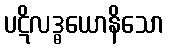
ပဋိလဒ္ဓယောနိသော